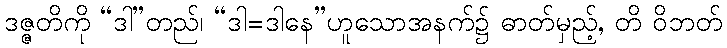
ဒဇ္ဇတိကို “ဒါ”တည်၊ “ဒါ=ဒါနေ”ဟူသောအနက်၌ ဓာတ်မှည့်, တိ ဝိဘတ်